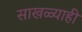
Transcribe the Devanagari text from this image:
साखळ्याही